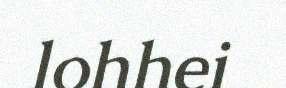
lohhei